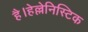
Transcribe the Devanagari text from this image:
है।हेल्लेनिस्टिक